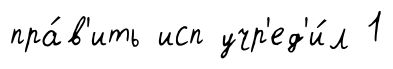
пра́в'ить исп учр'ед'и́л 1